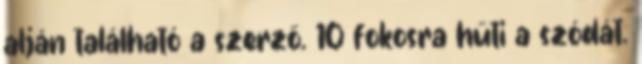
alján található a szerző. 10 fokosra hűti a szódát.